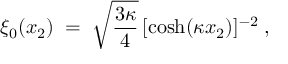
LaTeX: \xi _ { 0 } ( x _ { 2 } ) \; = \; \sqrt { \frac { 3 \kappa } { 4 } } \, [ \cosh ( \kappa x _ { 2 } ) ] ^ { - 2 } \; ,